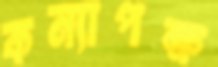
কন্যাপক্ষ